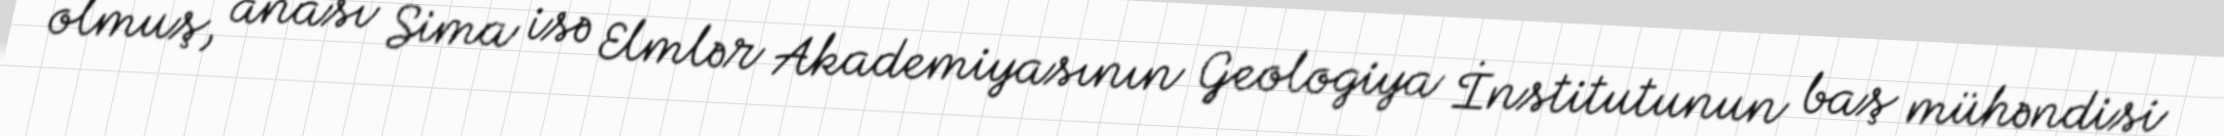
olmuş, anası Sima isə Elmlər Akademiyasının Geologiya İnstitutunun baş mühəndisi